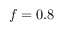
f = 0 . 8